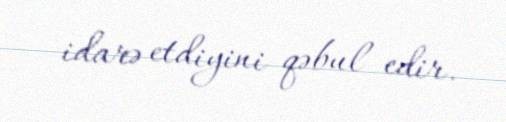
idarə etdiyini qəbul edir.